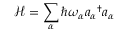
{ \mathcal { H } } = \sum _ { \alpha } \hbar \omega _ { \alpha } { a _ { \alpha } } ^ { \dagger } a _ { \alpha }